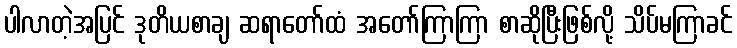
ပါလာတဲ့အပြင် ဒုတိယစာချ ဆရာတော်ထံ အတော်ကြာကြာ စာဆိုပြီးဖြစ်လို့ သိပ်မကြာခင်